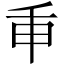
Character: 𢆍